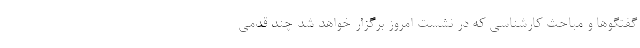
گفتگوها و مباحث کارشناسی که در نشست امروز برگزار خواهد شد چند قدمی